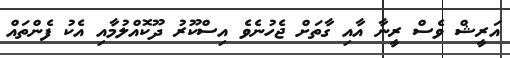
އަރީޝް ވެސް ރީނާ އާއި ގާތަށް ޖެހުނެވެ އިސްކޫރު ދޫކޮއްލުމާއި އެކު ފެންތައް